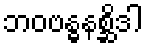
ဘဝဗန္ဓနစ္ဆိဒါ